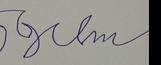
Signature authenticity: forged